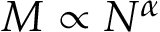
M \propto N ^ { \alpha }